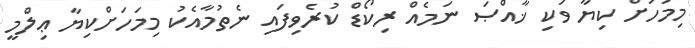
މިމަހަށް ކިޔާ ވަކި ޚާއްޞަ ނަމެއް ރިކޯޑް ކުރެވިފައި ނެތުމާއެކު މިމަހަށްކިޔާ ޢިލްމީ